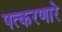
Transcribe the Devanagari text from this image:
पत्करणारे